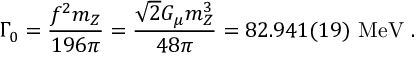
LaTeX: \Gamma _ { 0 } = \frac { f ^ { 2 } m _ { Z } } { 1 9 6 \pi } = \frac { \sqrt { 2 } G _ { \mu } m _ { Z } ^ { 3 } } { 4 8 \pi } = 8 2 . 9 4 1 ( 1 9 ) ~ \mathrm { M e V } ~ .